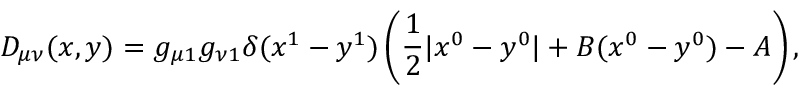
D _ { \mu \nu } ( x , y ) = g _ { \mu 1 } g _ { \nu 1 } \delta ( x ^ { 1 } - y ^ { 1 } ) \left( { \frac { 1 } { 2 } | x ^ { 0 } - y ^ { 0 } | + B ( x ^ { 0 } - y ^ { 0 } ) - A } \right) ,